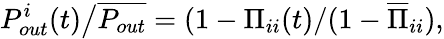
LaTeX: \left.P_{out}^{i}(t)\right/\overline{{P_{out}}}=\left.(1-\Pi_{ii}(t)\right/(1-\overline{{\Pi}}_{ii}),